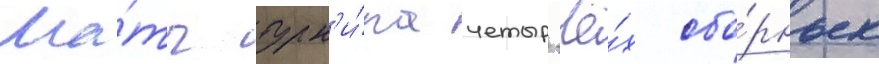
Ма́тч турн'и́ра четыр'ё́х сбо́рных